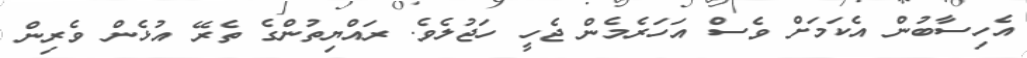
އެހިސާބުން އެކަމަށް ވެސް އަހަރެމެން ޖެހީ ހަޖުލެވެ. ރައްޔިތުންގެ ތެރޭ އުޅެން ވެރިން